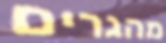
מהגרים